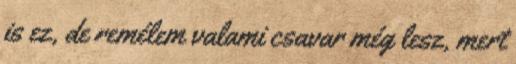
is ez, de remélem valami csavar még lesz, mert